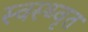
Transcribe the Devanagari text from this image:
स्वस्थ्वृत